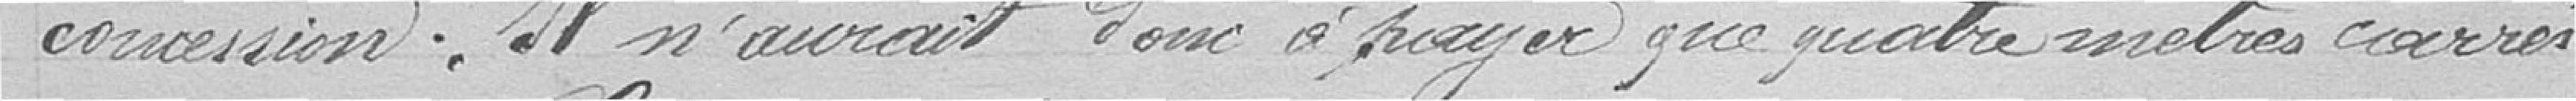
concession. Il n'aurait donc à payer que quatre mètres carrés.